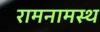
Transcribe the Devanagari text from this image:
रामनामस्थ